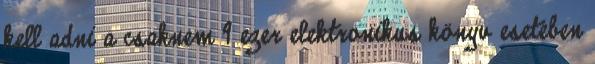
kell adni a csaknem 9 ezer elektronikus könyv esetében